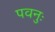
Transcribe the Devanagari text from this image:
पवनुः